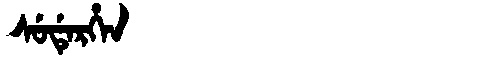
Manchu: ᠰᡠᡩᡝᡵᡥᡝᠨ
Romanization: SUDERHEN